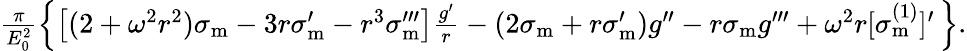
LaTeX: \begin{array}{r}{\frac{\pi}{E_{0}^{2}}\left\{ \big[(2+\omega^{2}r^{2})\sigma_{\mathrm{m}}-3r\sigma_{\mathrm{m}}^{\prime}-r^{3}\sigma_{\mathrm{m}}^{\prime\prime\prime}\big]\frac{g^{\prime}}{r}-(2\sigma_{\mathrm{m}}+r\sigma_{\mathrm{m}}^{\prime})g^{\prime\prime}-r\sigma_{\mathrm{m}}g^{\prime\prime\prime}+\omega^{2}r[\sigma_{\mathrm{m}}^{(1)}]^{\prime}\, \right\} .}\end{array}